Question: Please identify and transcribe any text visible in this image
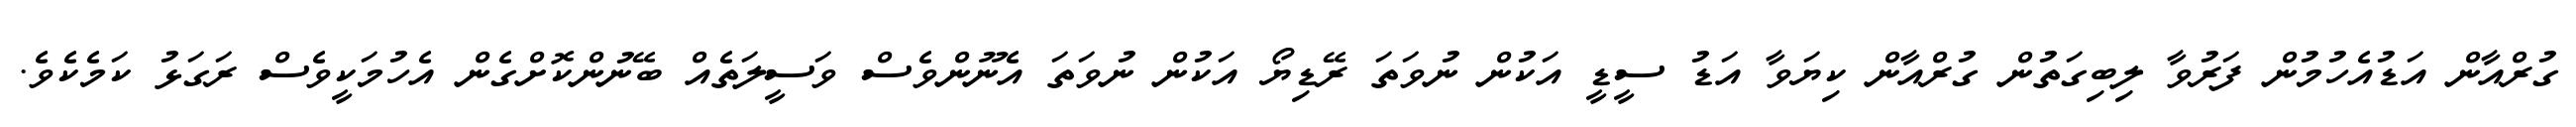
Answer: ގުރްއާން އަޑުއެހުމުން ފަރުވާ ލިބިގަތުން ގުރްއާން ކިޔަވާ އަޑު ސީޑީ އަކުން ނުވަތަ ރޭޑިޔޯ އަކުން ނުވަތަ އެނޫންވެސް ވަސީލަތެއް ބޭނުންކޮށްގެން އެހުމަކީވެސް ރަގަޅު ކަމެކެވެ.